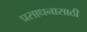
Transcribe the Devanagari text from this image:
प्रसाधनासाठी